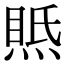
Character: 𤋇